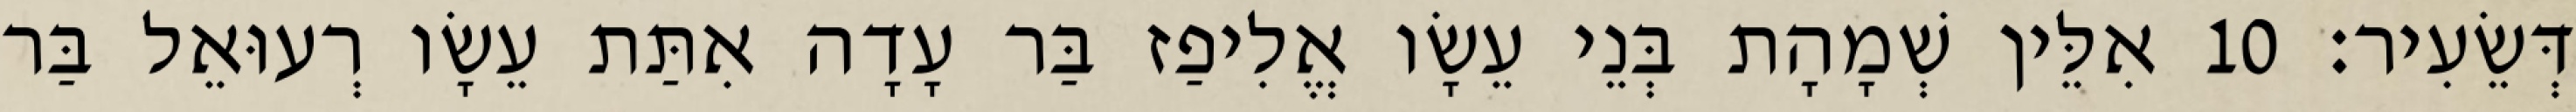
דְּשֵׂעִיר׃ 10 אִלֵּין שְׁמָהָת בְּנֵי עֵשָׂו אֱלִיפַז בַּר עָדָה אִתַּת עֵשָׂו רְעוּאֵל בַּר